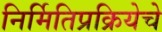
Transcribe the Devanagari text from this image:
निर्मितिप्रक्रियेचे